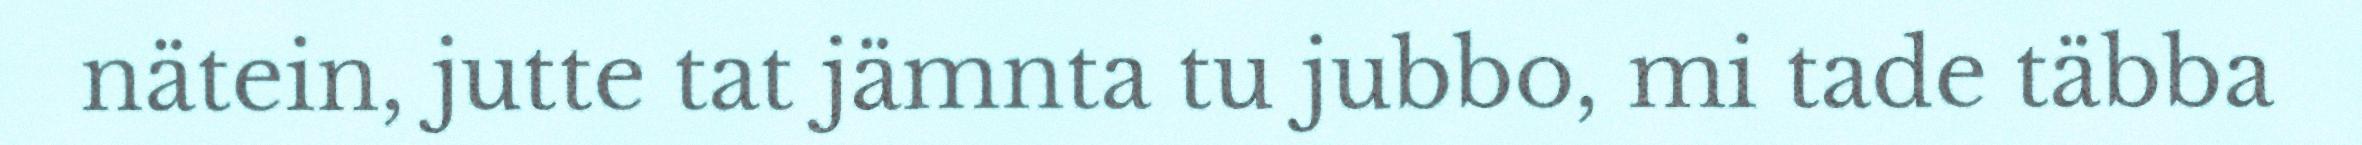
nätein, jutte tat jämnta tu jubbo, mi tade täbba